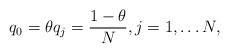
LaTeX: \begin{align*}q_0 = \theta q_j =\frac{1 - \theta}{N},j = 1, \dots N,\end{align*}